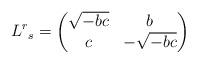
LaTeX: \begin{align*}L^r{}_s=\begin{pmatrix}\sqrt{-bc}&b\\c&-\sqrt{-bc}\end{pmatrix}\end{align*}